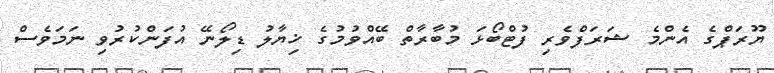
ޔޫރަޕްގެ އެންމެ ޝަރަފްވެރި ފުޓްބޯޅަ މުބާރާތް ބޭއްވުމުގެ ޚިޔާލު ޑިލޯނޭ އުފަންކުރުވި ނަމަވެސް